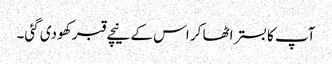
آپ کا بستر اٹھا کر اس کے نیچے قبر کھودی گئی۔